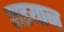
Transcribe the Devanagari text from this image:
सइयान